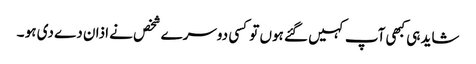
شاید ہی کبھی آپ کہیں گئے ہوں تو کسی دوسرے شخص نے اذان دے دی ہو ۔